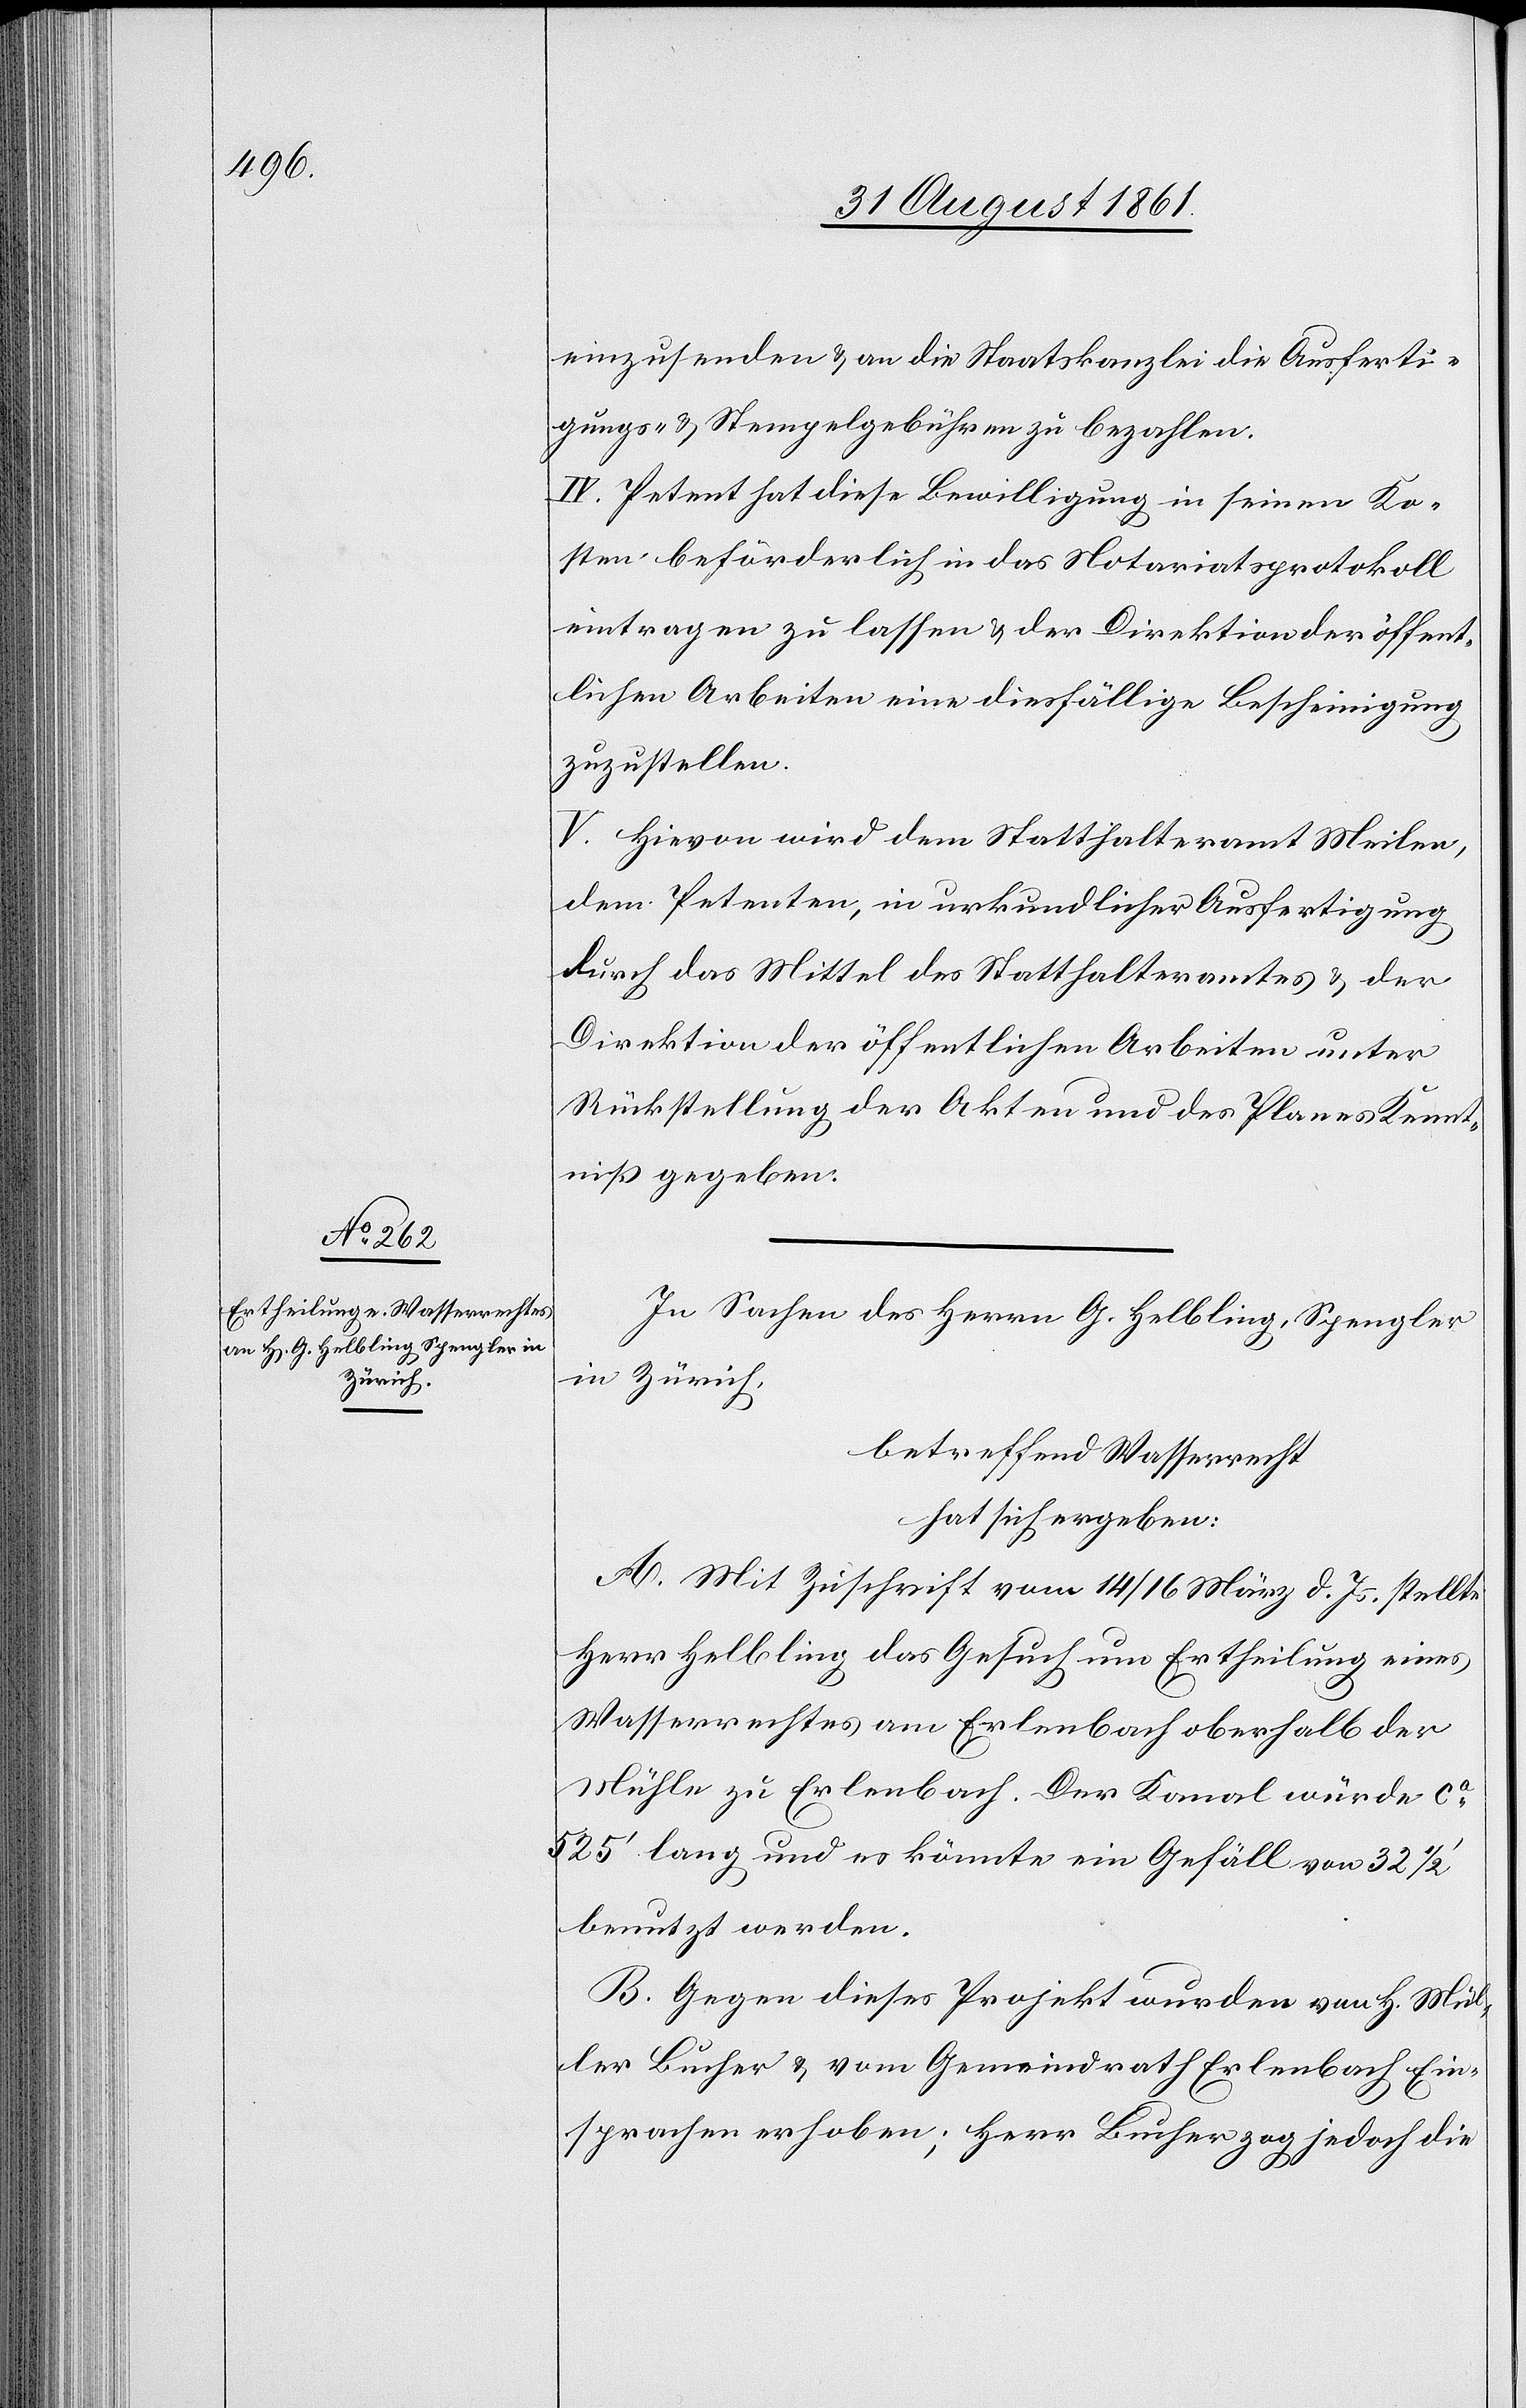
einzusenden u. an die Staatskanzlei die Ausferti¬
gungs- u. Stempelgebühren zu bezahlen.
IV. Petent hat diese Bewilligung in seinen Ko¬
sten beförderlich in das Notariatsprotokoll
eintragen zu lassen u. der Direktion der öffent¬
lichen Arbeiten eine diesfällige Bescheinigung
zuzustellen.
V. Hievon wird dem Statthalteramt Meilen,
dem Petenten, in urkundlicher Ausfertigung
durch das Mittel des Statthalteramtes u. der
Direktion der öffentlichen Arbeiten unter
Rückstellung der Akten u. des Planes Kennt¬
niß gegeben.
In Sachen des Herrn G. Helbling, Spengler
in Zürich,
betreffend Wasserrecht
hat sich ergeben:
A. Mit Zuschrift vom 14 / 16 März d. Js. stellte
Herr Helbling das Gesuch um Ertheilung eines
Wasserrechtes am Erlenbach oberhalb der
Mühle zu Erlenbach. Der Kanal würde ca
525’ lang und es könnte ein Gefäll von 32 1/2
benutzt werden.
B. Gegen dieses Projekt wurden von H. Mül¬
ler Bucher u. vom Gemeindrath Erlenbach Ein¬
sprachen erhoben; Herr Bucher zog jedoch die